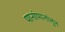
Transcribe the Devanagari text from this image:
पानांपानांतून